Civil Veterinary Department. Madras. Admin. report 1926-33 - 1926-1933
Year: 1926
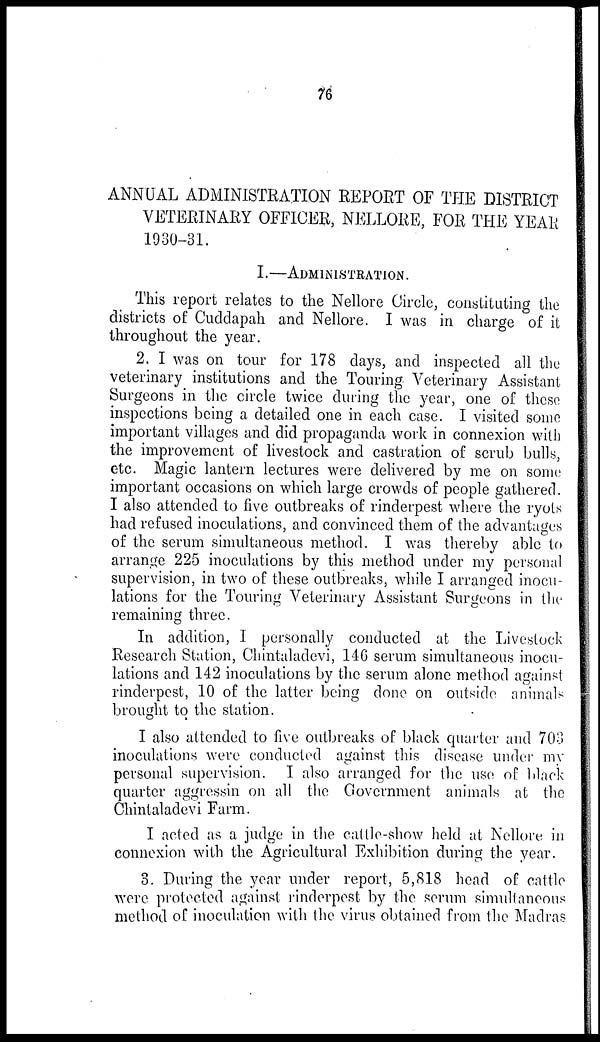
76
ANNUAL ADMINISTRATION REPORT OF THE DISTRICT
VETERINARY OFFICER, NELLORE, FOR THE YEAR
1930-31.
I.—ADMINISTRATION
.
This report relates to the Nellore Circle, constituting the
districts of Cuddapah and Nellore. I was in charge of it
throughout the year.
2. I was on tour for 178 days, and inspected all the
veterinary institutions and the Touring Veterinary Assistant
Surgeons in the circle twice during the year, one of these
inspections being a detailed one in each case. I visited some
important villages and did propaganda work in connexion with
the improvement of livestock and castration of scrub bulls,
etc. Magic lantern lectures were delivered by me on some
important occasions on which large crowds of people gathered.
I also attended to five outbreaks of rinderpest where the ryots
had refused inoculations, and convinced them of the advantages
of the serum simultaneous method. I was thereby able to
arrange 225 inoculations by this method under my personal
supervision, in two of these outbreaks, while I arranged inocu-
lations for the Touring Veterinary Assistant Surgeons in the
remaining three.
In addition, I personally conducted at the Livestock
Research Station, Chintaladevi, 146 serum simultaneous inocu-
lations and 142 inoculations by the serum alone method against
rinderpest, 10 of the latter being done on outside animals
brought to the station.
I also attended to five outbreaks of black quarter and 703
inoculations were conducted against this disease under my
personal supervision. I also arranged for the use of black
quarter aggressin on all the Government animals at the
Chintaladevi Farm.
I acted as a judge in the cattle-show held at Nellore in
connexion with the Agricultural Exhibition during the year.
3. During the year under report, 5,818 head of cattle
were protected against rinderpest by the serum simultaneous
method of inoculation with the virus obtained from the Madras